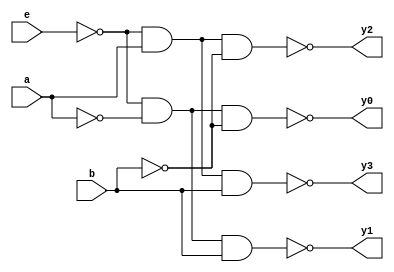
`timescale 1ns / 1ps


module decoderdf2_4(a,b,e,y0,y1,y2,y3);
 input a,b,e;
 output y0,y1,y2,y3;
 assign y0 = ~(~e&~a&~b);
 assign y1 = ~(~e&~a&b);
 assign y2 = ~(~e&a&~b);
 assign y3 = ~(~e&a&b);
endmodule